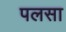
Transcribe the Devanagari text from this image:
पलसा